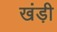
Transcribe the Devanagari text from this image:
खंड़ी